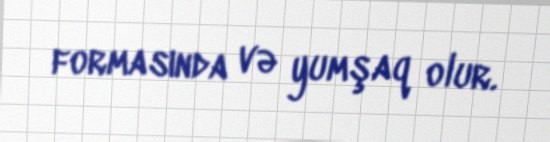
formasında və yumşaq olur.